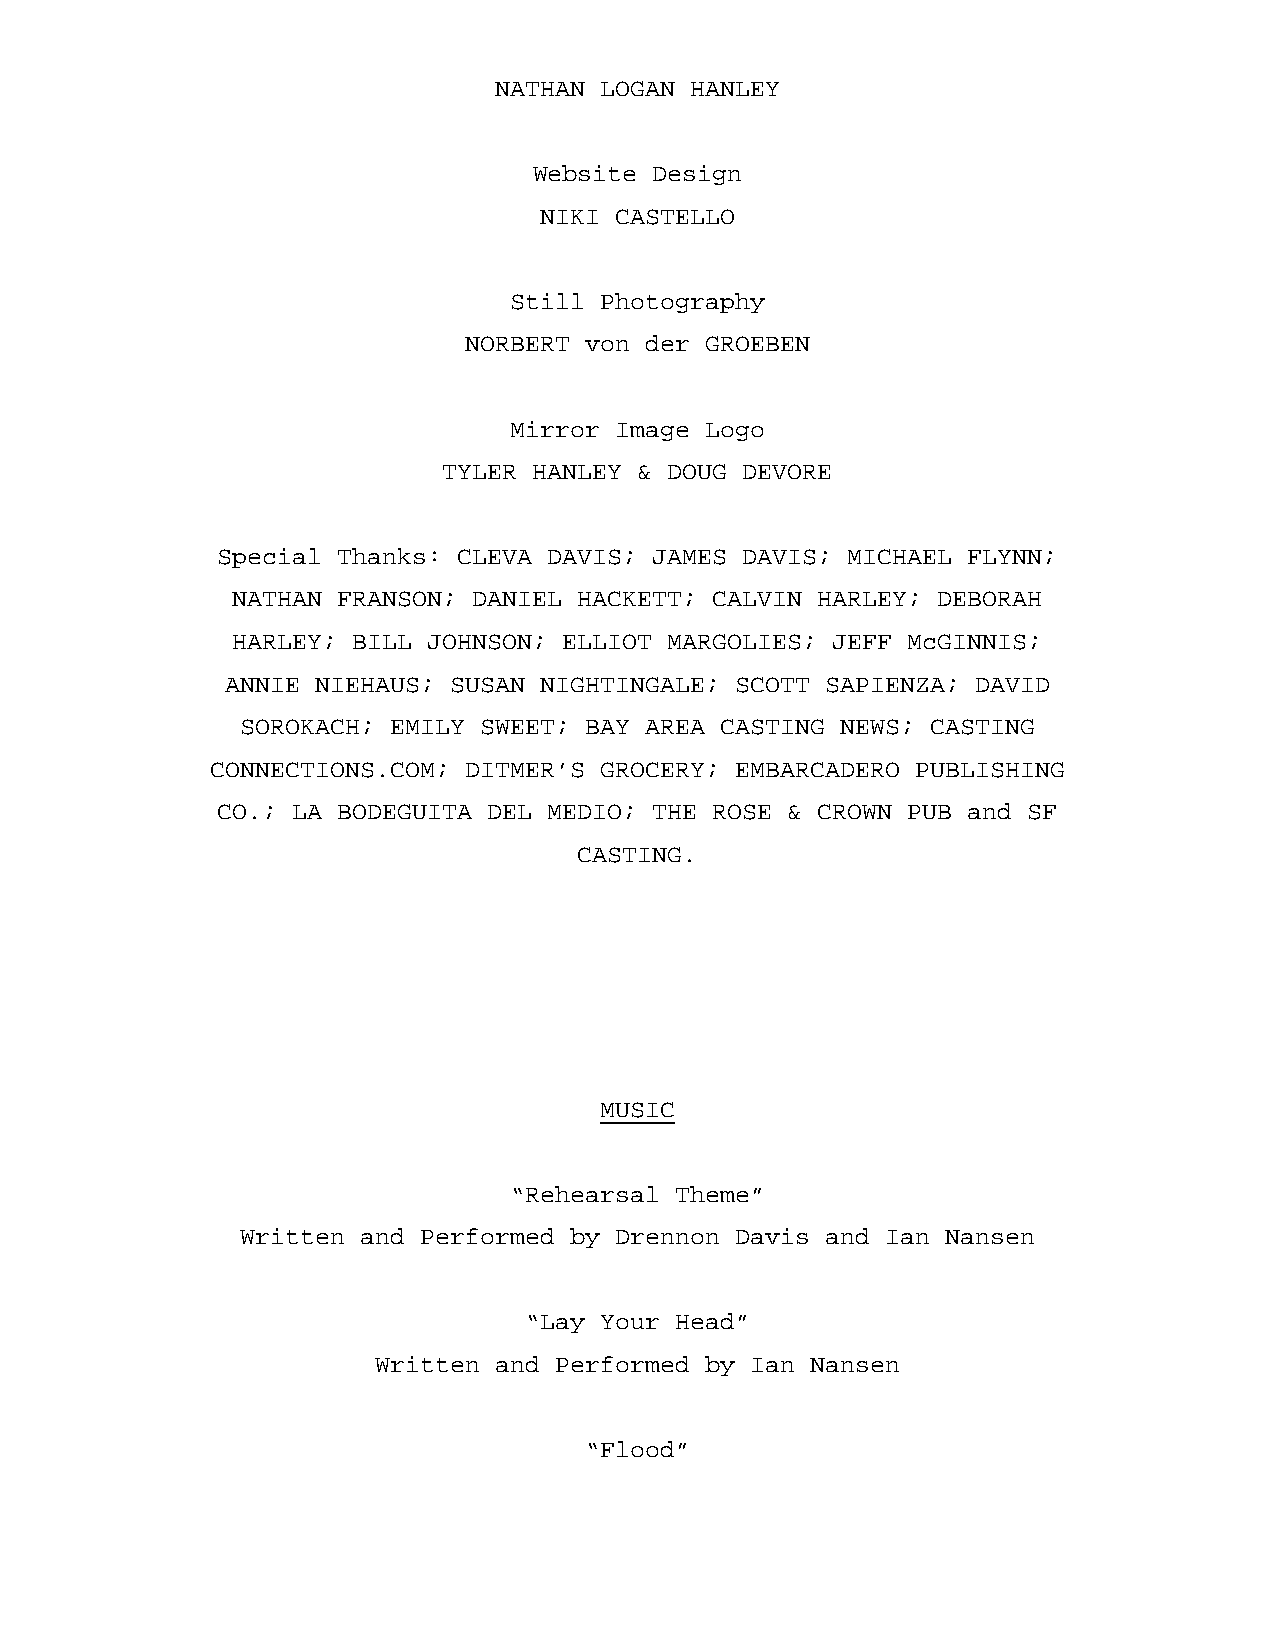
NATHAN LOGAN HANLEY
 Website Design
 NIKI CASTELLO
 Still Photography
 NORBERT von der GROEBEN
 Mirror Image Logo
 TYLER HANLEY & DOUG DEVORE
 Special Thanks: CLEVA DAVIS; JAMES DAVIS; MICHAEL FLYNN;
 NATHAN FRANSON; DANIEL HACKETT; CALVIN HARLEY; DEBORAH
 HARLEY; BILL JOHNSON; ELLIOT MARGOLIES; JEFF McGINNIS;
 ANNIE NIEHAUS; SUSAN NIGHTINGALE; SCOTT SAPIENZA; DAVID
 SOROKACH; EMILY SWEET; BAY AREA CASTING NEWS; CASTING
 CONNECTIONS.COM; DITMER’S GROCERY; EMBARCADERO PUBLISHING
 CO.; LA BODEGUITA DEL MEDIO; THE ROSE & CROWN PUB and SF
 CASTING.
 MUSIC
 “Rehearsal Theme”
 Written and Performed by Drennon Davis and Ian Nansen
 “Lay Your Head”
 Written and Performed by Ian Nansen
 “Flood”